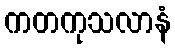
ကတကုသလာနံ